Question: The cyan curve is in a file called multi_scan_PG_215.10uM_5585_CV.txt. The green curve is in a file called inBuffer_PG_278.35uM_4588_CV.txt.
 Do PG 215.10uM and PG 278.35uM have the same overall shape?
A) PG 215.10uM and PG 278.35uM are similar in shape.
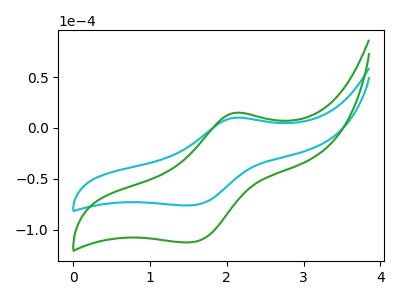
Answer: <think>The cyan curve "PG 215.10uM" has an anodic peak at (2.10V, 10.00uA) and a cathodic peak at (1.50V, -76.00uA). The green curve "PG 278.35uM" has an anodic peak at (2.10V, 14.80uA) and a cathodic peak at (1.50V, -112.30uA).
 All the peaks in "PG 215.10uM" have a peak in "PG 278.35uM" at the same potential. Every peak in "PG 215.10uM" is lower than every peak in "PG 278.35uM".</think>
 <answer>A) "PG 215.10uM" and "PG 278.35uM" are similar in shape.</answer>
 <eval>A</eval>